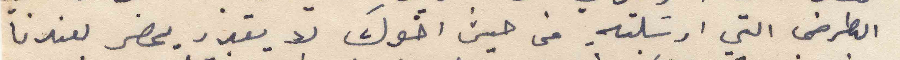
الطرض التي ارسلته من حيث اخوك لا يقدر يحضر لعندنا